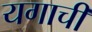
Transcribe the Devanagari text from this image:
यगाची